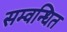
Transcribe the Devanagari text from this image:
सम्वन्धित